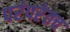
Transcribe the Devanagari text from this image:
परंपरेतच